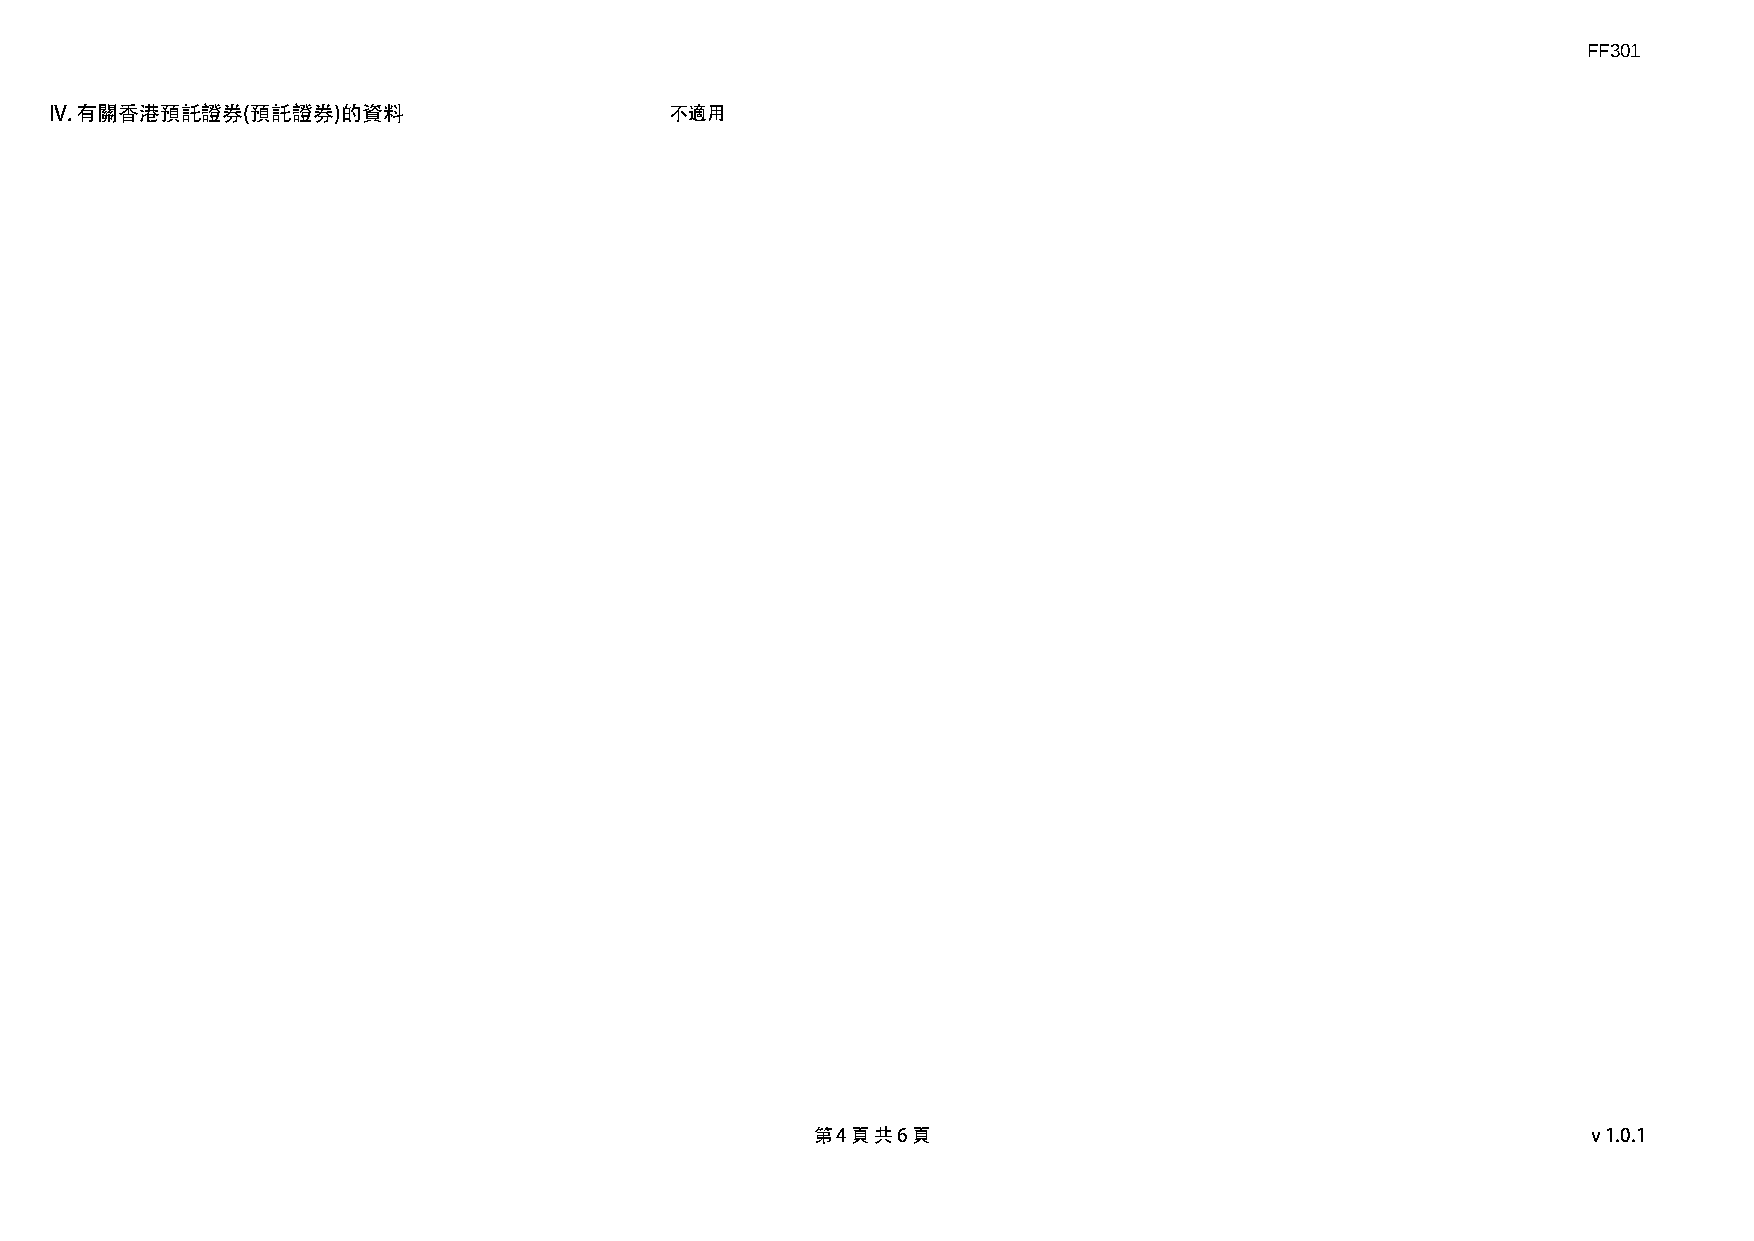
FF301
 IV. 有關香港預託證券(預託證券)的資料                    不適用
 第 4 頁 共 6 頁                                        v1.0.1